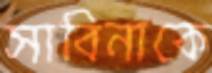
সাবিনাকে